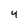
Character: 4